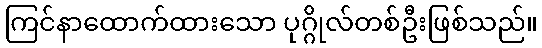
ကြင်နာထောက်ထားသော ပုဂ္ဂိုလ်တစ်ဦးဖြစ်သည်။